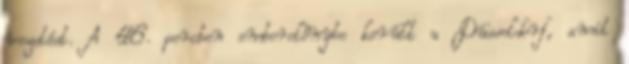
vezetést. A 46. percben emberelőnybe került a Düsseldorf, amit